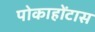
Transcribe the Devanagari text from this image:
पोकाहोंटास